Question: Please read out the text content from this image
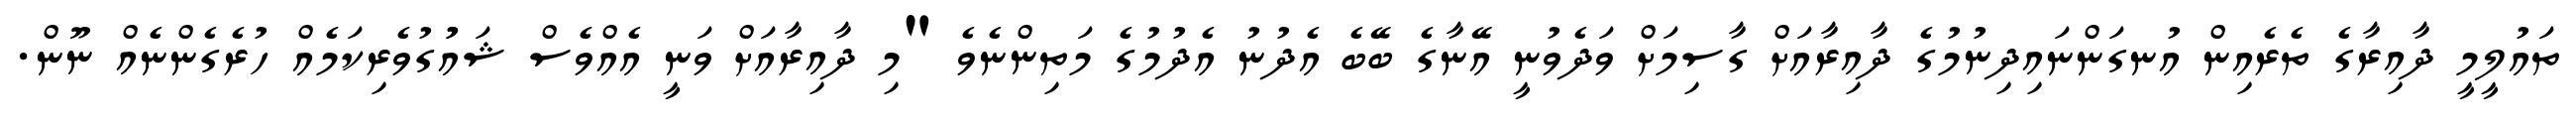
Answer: ތައުލީމީ ދާއިރާގެ ތެރެއިން އުނގަންނައިދިނުމުގެ ދާއިރާއަށް ގާސިމަށް ވަދެވުނީ އޭނާގެ ބޭބެ އެދުނު އެދުމުގެ މަތިންނެވެ "މި ދާއިރާއަށް ވަނީ އެއްވެސް ޝައުުގުވެރިކަމެއް ހުރެގެންނެއް ނޫން.